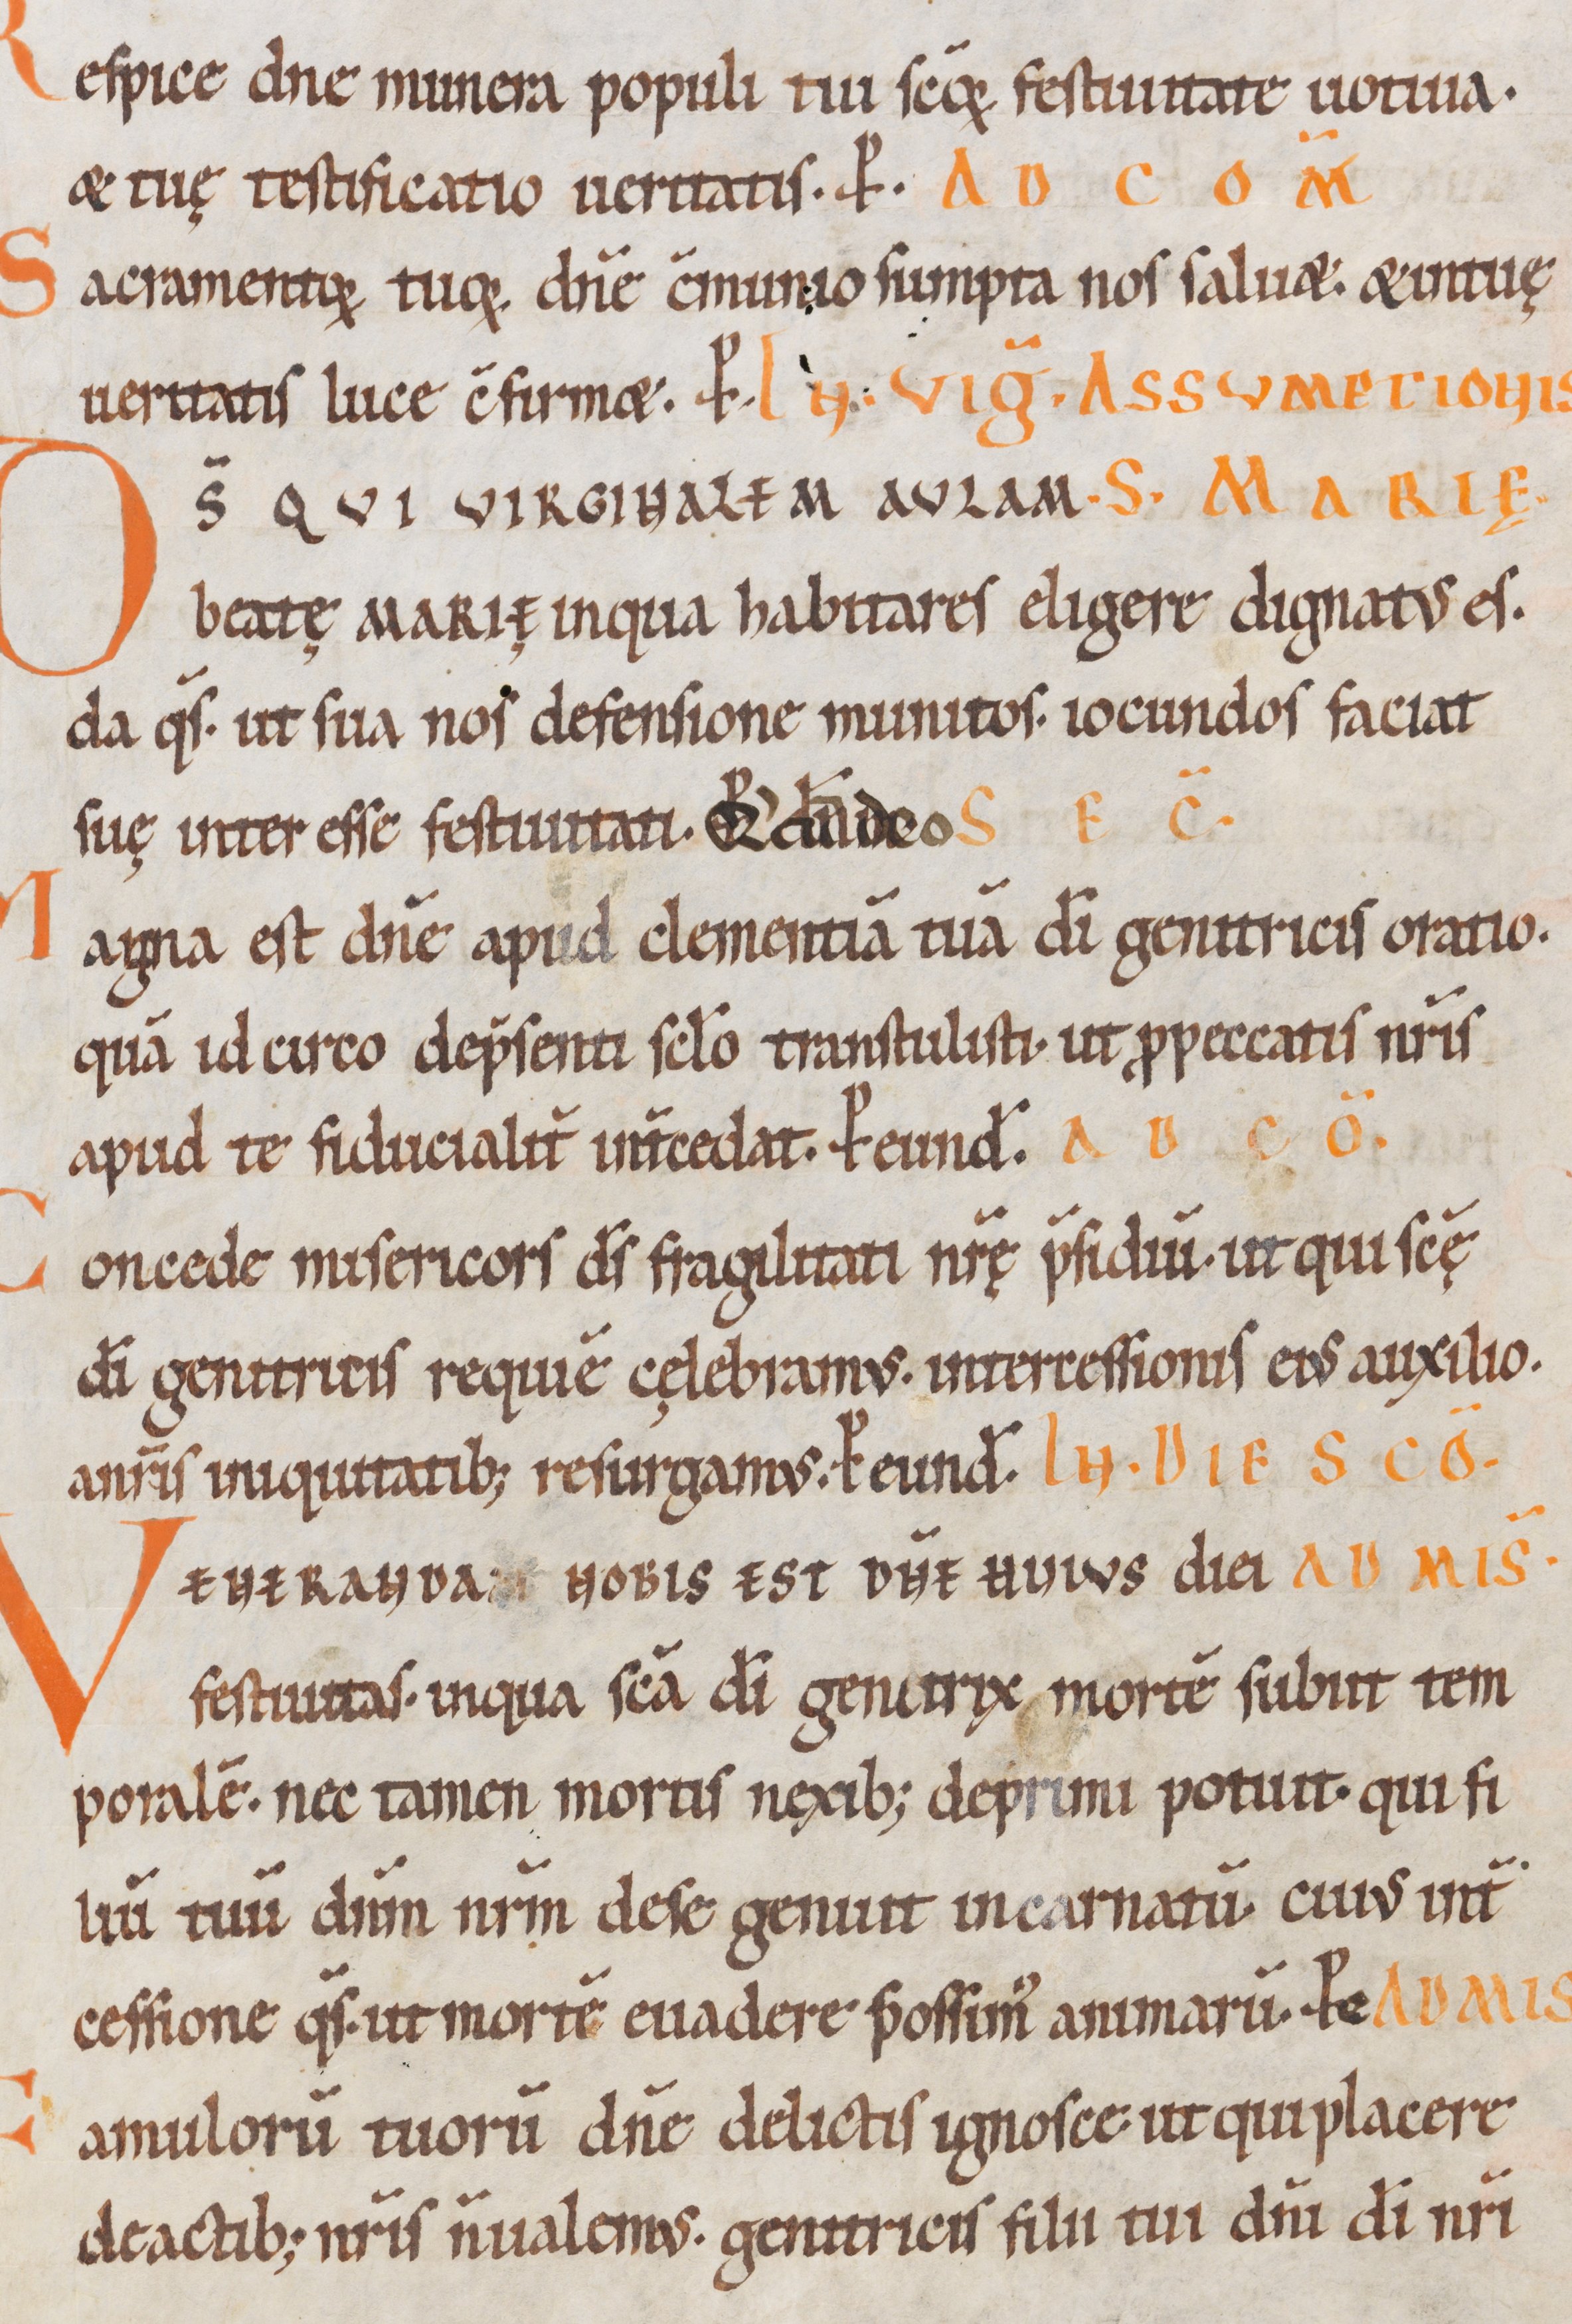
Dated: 1100–1199